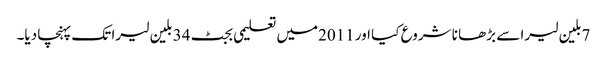
7بلین لیرا سے بڑھا نا شروع کیا اور 2011میں تعلیمی بجٹ 34 بلین لیرا تک پہنچا دیا۔